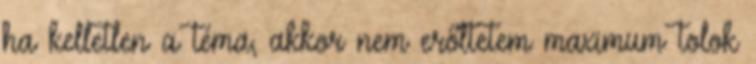
ha kelletlen a téma, akkor nem erőltetem maximum tolok